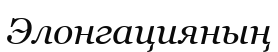
Элонгацияның